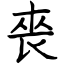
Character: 䘮